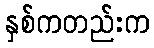
နှစ်ကတည်းက